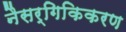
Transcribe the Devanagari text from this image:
नैसर्गिकिकरण